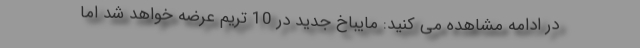
در ادامه مشاهده می کنید: مایباخ جدید در 10 تریم عرضه خواهد شد اما